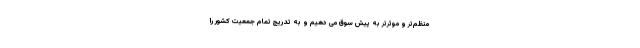
منظم‌تر و موثرتر به پیش سوق می دهیم و به تدریج تمام جمعیت کشور را